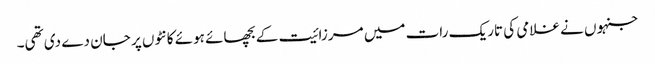
جنہوں نے غلامی کی تاریک رات میں مرزائیت کے بچھائے ہوئے کانٹوں پر جان دے دی تھی۔